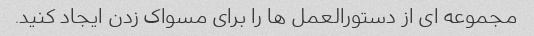
مجموعه ای از دستورالعمل ها را برای مسواک زدن ایجاد کنید.